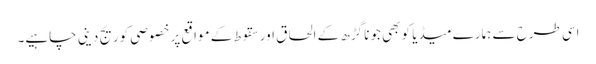
اسی طرح سے ہمارے میڈیا کو بھی جونا گڑھ کے الحاق اور سقوط کے مواقع پر خصوصی کوریج دینی چاہیے۔